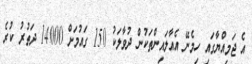
އެ ޖަމިއްޔާގައި ހިމެނޭ އެއާލައިންތަކުން ދުވާލަކު 150 ގައުމަށް 14000 ދަތުރު ކުރެ